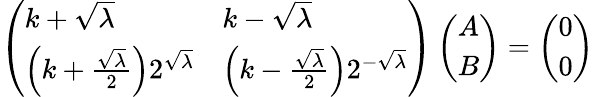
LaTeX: \left(\begin{array}{ll}{k+\sqrt\lambda}&{k-\sqrt\lambda}\\ {\Big(k+\frac{\sqrt\lambda}{2}\Big)2^{\sqrt\lambda}}&{\Big(k-\frac{\sqrt\lambda}{2}\Big)2^{-\sqrt\lambda}}\end{array}\right)\left(\begin{array}{l}{A}\\ {B}\end{array}\right)=\left(\begin{array}{l}{0}\\ {0}\end{array}\right)